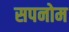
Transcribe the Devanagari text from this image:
सपनोम